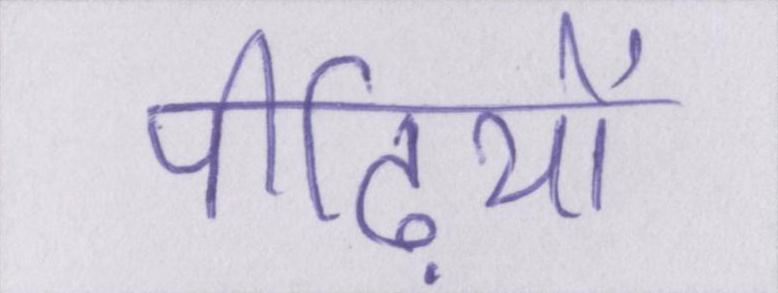
पीढ़ियों